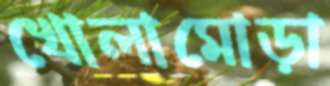
খোলামোড়া